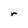
Character: r